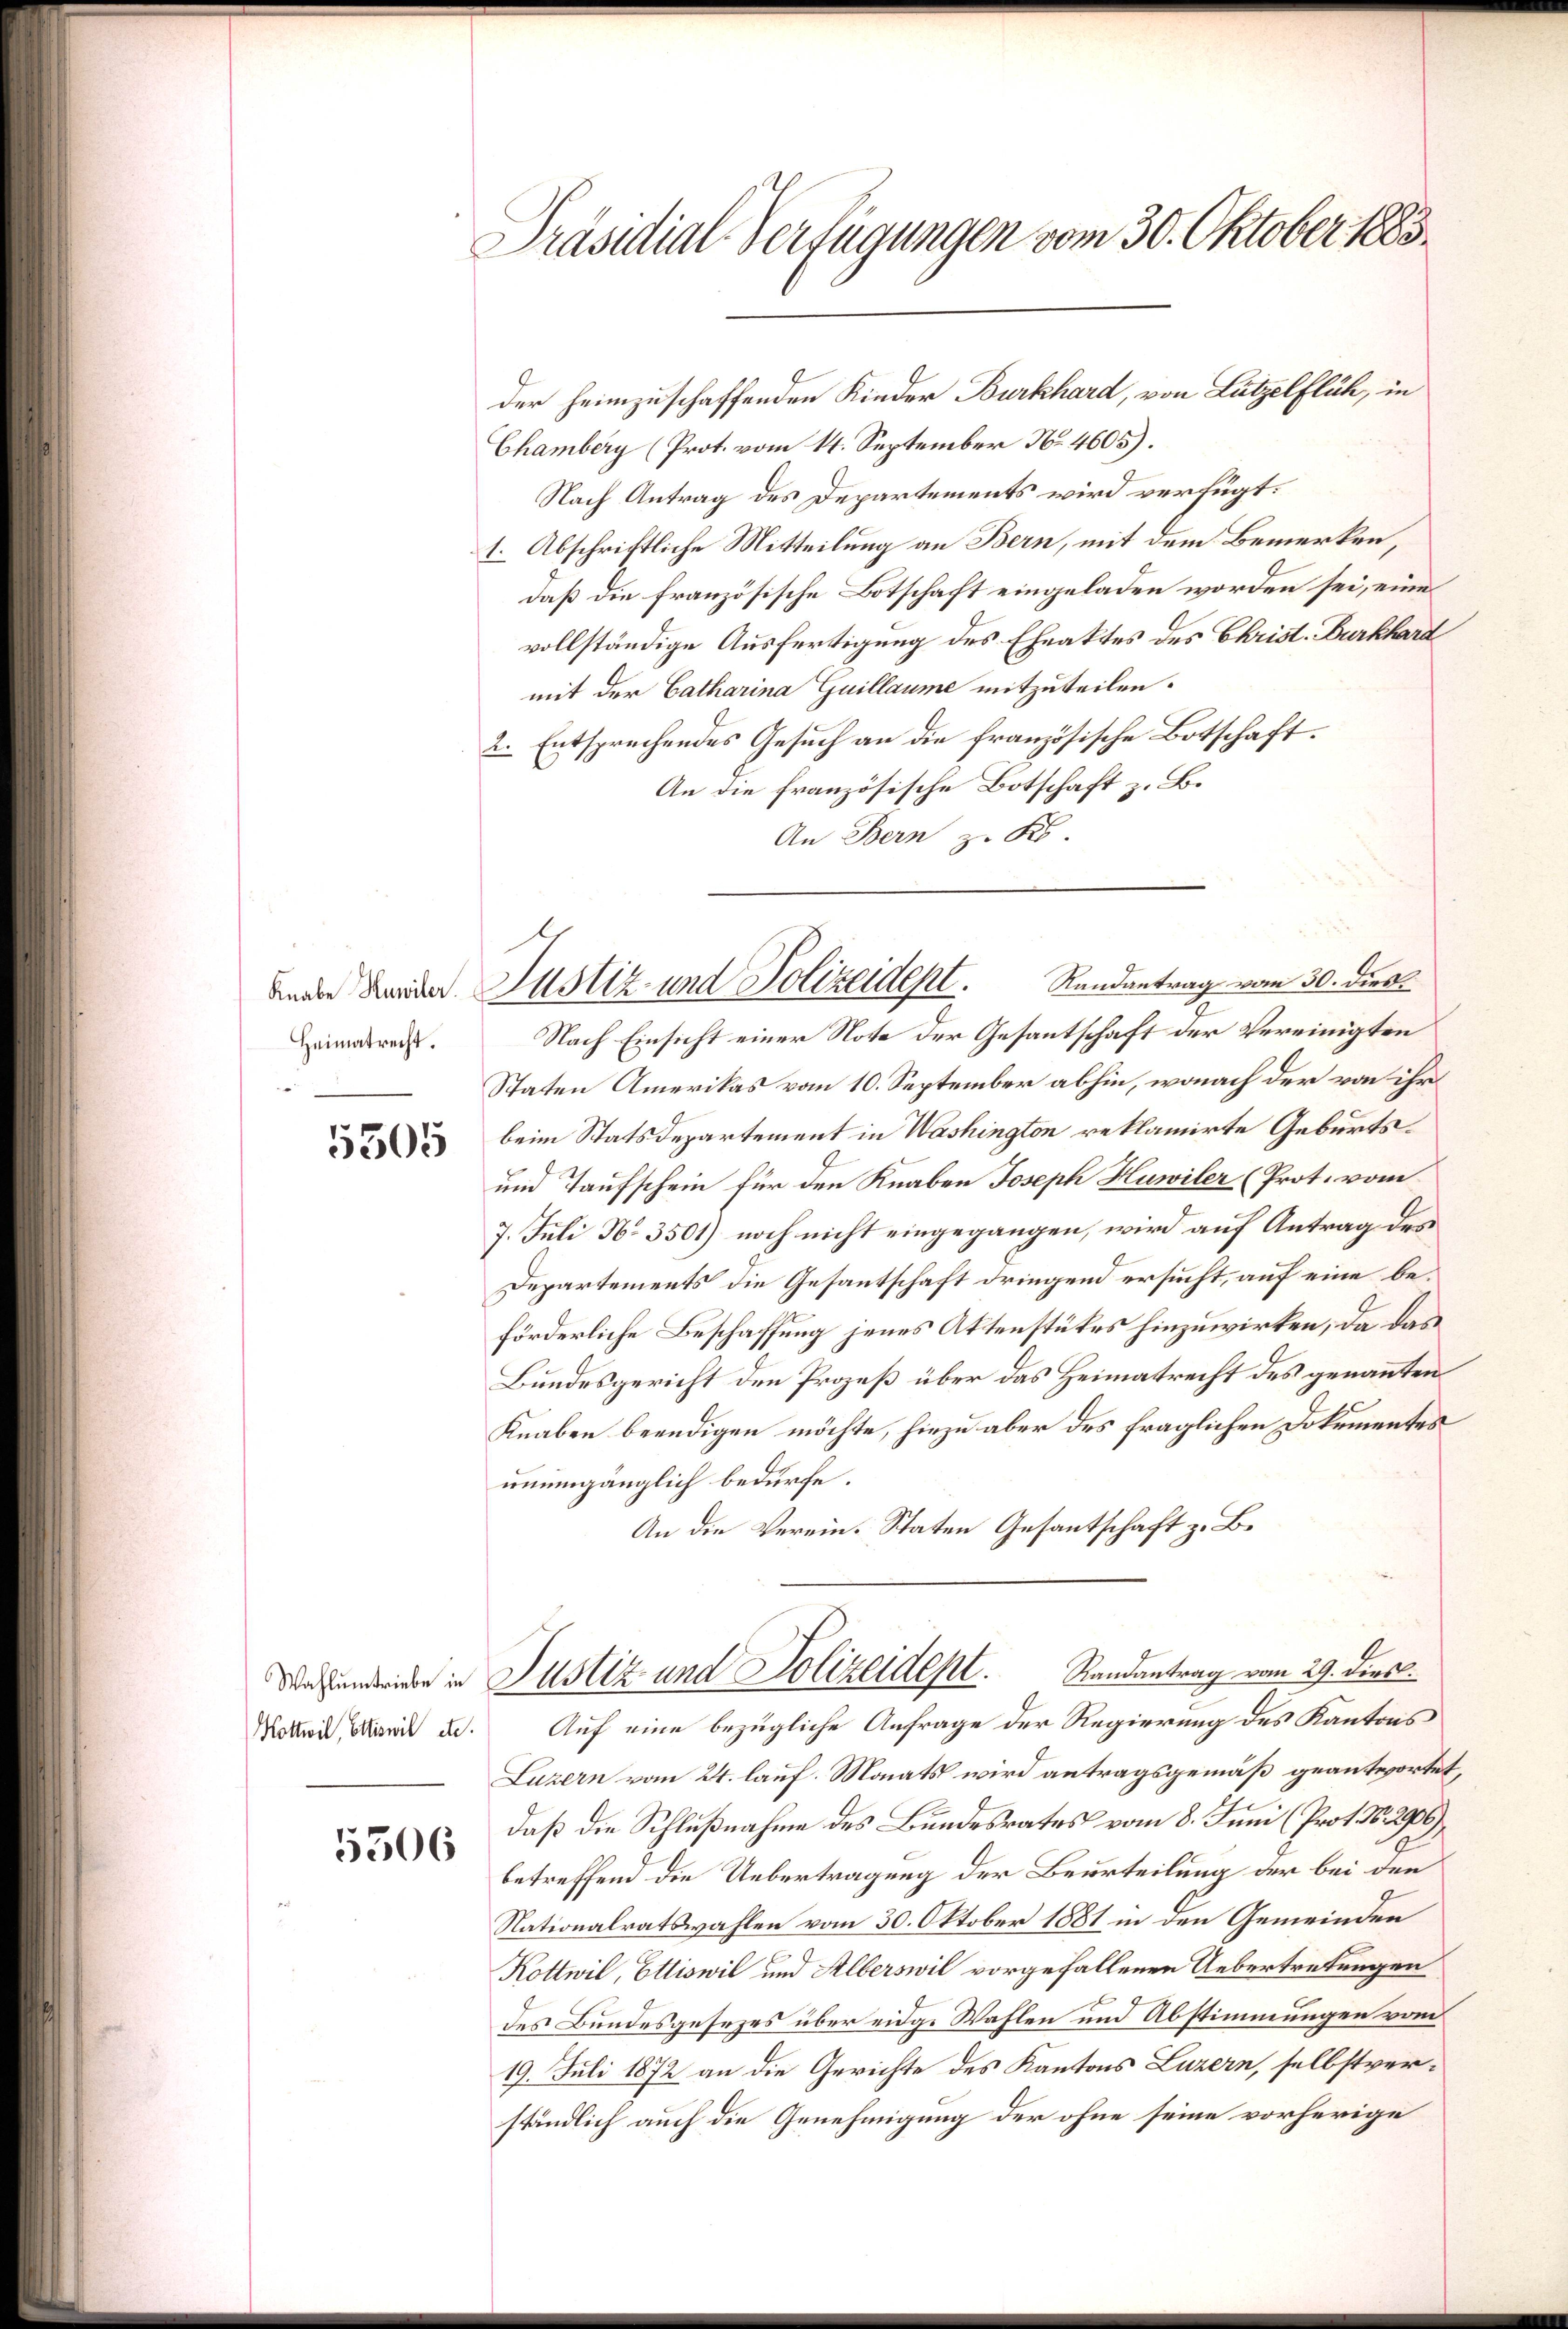
Knabe Huwiler.
Heimatrecht.

5505

5506

Präsidial-Verfügungen vom 30. Oktober 1883.

der heimzuschaffenden Kinder Burkhard, von Lützelflich, in
Chamberg (Prot. vom 14. September No. 4605).
Nach Antrag des Departements wird verfügt:
1. Abschriftliche Mitteilung an Bern, mit dem Bemerken,
daß die französische Botschaft eingeladen worden sei, eine
vollständige Ausfertigung des Eheaktes des Christ. Burkhard
mit der Catharina Guillaume mitzuteilen.
2. Entsprechendes Gesuch an die französische Botschaft.
An die französische Botschaft z. B.
An Bern z. K.
Nach Einsicht einer Note der Gesantschaft der Vereinigten
Staten Amerikas vom 10. September abhin, wonach der von ihr
beim Statsdepartement in Washington reklamirte Geburts¬
und Taufschein für den Knaben Joseph Huwiler (Prot. vom
7. Juli No 3501) noch nicht eingegangen, wird auf Antrag des
Departements die Gesantschaft dringend ersucht, auf eine beförderliche Beschaffung jenes Aktenstükes hinzuwirken, da das
Bundesgericht den Prozeß über das Heimatrecht des genannten
Knaben beendigen möchte, hiezu aber des fraglichen Dokumentes
unumgänglich bedürfe.
An die Verein. Staten Gesantschaft z. B.
Randantrag vom 29. dies.
Dinhundern in Justiz und Polizeident.
Mottwe, Marie u. Auf eine bezügliche Anfrage der Regierung des Kantons
Luzern vom 24. lauf. Monats wird antragsgemäß geantwortet,
daß die Schlußnahme des Bundesrates vom 8. Juni (Prot. No. 2900
betreffend die Uebertragung der Beurteilung der bei den
Nationalratswahlen vom 30. Oktober 1881 in den Gemeinden
Kottwil, Ettiswil und Alberswil vorgefallenen Uebertretungen
des Bundesgesezes über eidge Wahlen und Abstimmungen vom
19. Juli 1872 an die Gerichte des Kantons Luzern, selbstverständlich auch die Genehmigung der ohne seine vorherige

Justiz- und Polizeidept. Randantrag vom 30. dies